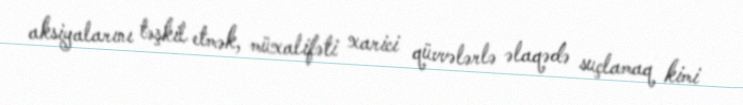
aksiyalarını təşkil etmək, müxalifəti xarici qüvvələrlə əlaqədə suçlamaq kimi